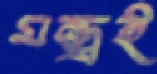
মন্ত্রই